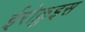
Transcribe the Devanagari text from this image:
ईरोक़ुइस